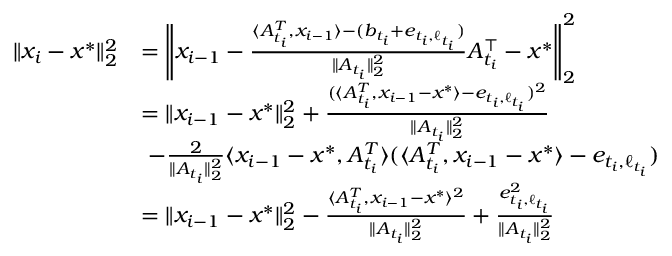
\begin{array} { r l } { \| x _ { i } - x ^ { * } \| _ { 2 } ^ { 2 } } & { = \left\| x _ { i - 1 } - \frac { \langle A _ { t _ { i } } ^ { T } , x _ { i - 1 } \rangle - ( b _ { t _ { i } } + e _ { t _ { i } , \ell _ { t _ { i } } } ) } { \| A _ { t _ { i } } \| _ { 2 } ^ { 2 } } A _ { t _ { i } } ^ { \top } - x ^ { * } \right\| _ { 2 } ^ { 2 } } \\ & { = \| x _ { i - 1 } - x ^ { * } \| _ { 2 } ^ { 2 } + \frac { ( \langle A _ { t _ { i } } ^ { T } , x _ { i - 1 } - x ^ { * } \rangle - e _ { t _ { i } , \ell _ { t _ { i } } } ) ^ { 2 } } { \| A _ { t _ { i } } \| _ { 2 } ^ { 2 } } } \\ & { ~ - \frac { 2 } { \| A _ { t _ { i } } \| _ { 2 } ^ { 2 } } \langle x _ { i - 1 } - x ^ { * } , A _ { t _ { i } } ^ { T } \rangle ( \langle A _ { t _ { i } } ^ { T } , x _ { i - 1 } - x ^ { * } \rangle - e _ { t _ { i } , \ell _ { t _ { i } } } ) } \\ & { = \| x _ { i - 1 } - x ^ { * } \| _ { 2 } ^ { 2 } - \frac { \langle A _ { t _ { i } } ^ { T } , x _ { i - 1 } - x ^ { * } \rangle ^ { 2 } } { \| A _ { t _ { i } } \| _ { 2 } ^ { 2 } } + \frac { e _ { t _ { i } , \ell _ { t _ { i } } } ^ { 2 } } { \| A _ { t _ { i } } \| _ { 2 } ^ { 2 } } } \end{array}